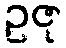
ဥဇု